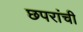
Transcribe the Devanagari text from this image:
छपरांची